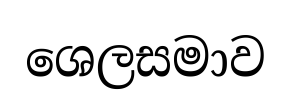
ශෙලසමාව